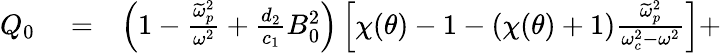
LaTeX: \begin{array}{rlr}{Q_{0}}&{{}=}&{\left(1-\frac{\widetilde{\omega}_{p}^{2}}{\omega^{2}}+\frac{d_{2}}{c_{1}}B_{0}^{2}\right)\left[\chi(\theta)-1-(\chi(\theta)+1)\frac{\widetilde{\omega}_{p}^{2}}{\omega_{c}^{2}-\omega^{2}}\right]+}\end{array}